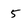
Character: 5